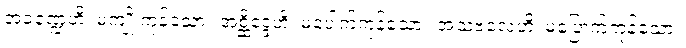
အခဏ္ဍေဟိ၊ မကျိုးကုန်သော။ အစ္ဆိဒ္ဒေဟိ၊ မပေါက်ကုန်သော။ အသဗလေဟိ၊ မပြောက်ကုန်သော။